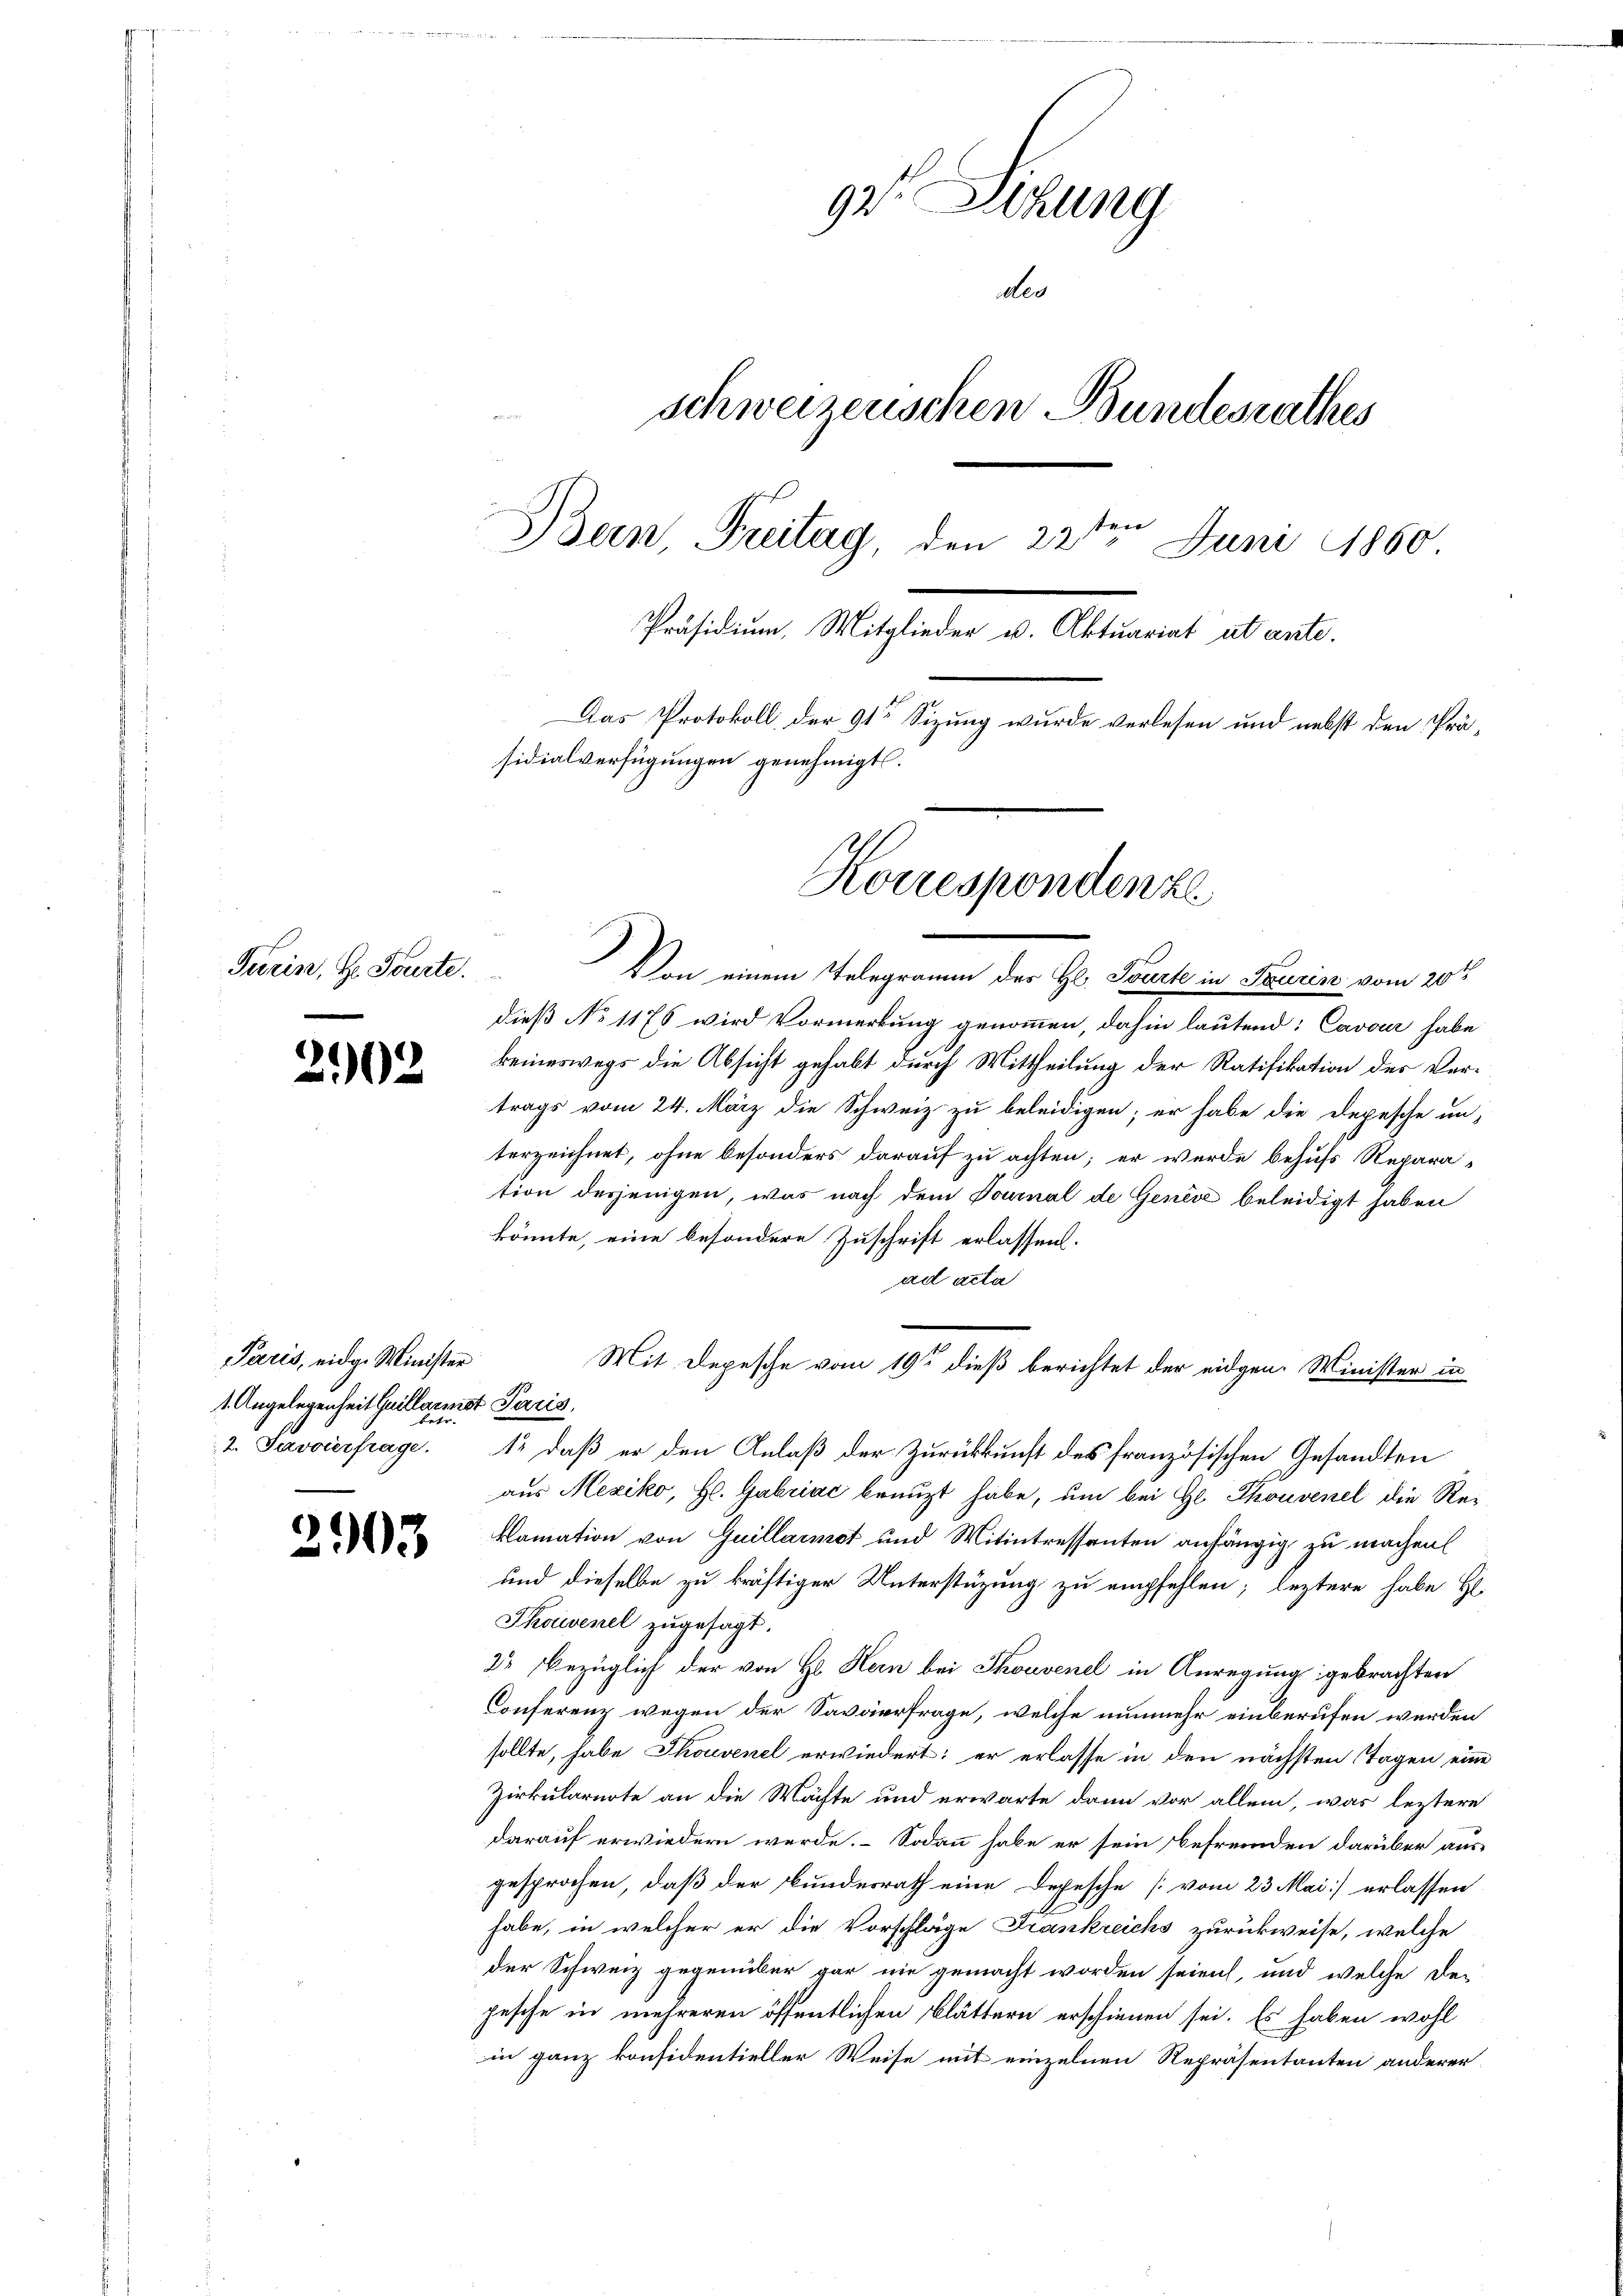
Turin, Hr. Tourte.

2902

Paris, eidg. Minister
1. Angelegenheit Guillarmit Paris,
2. Savoierfrage.

2903

92. Denung
des
schweizerischen Bundesrathes
Bein Freitag den 22te͇n Juni 1860
Präsidium, Mitglieder u. Aktuariat ut ante.
Das Protokoll der 91te Sizung wurde verlesen und nebst den Präsidialverfügungen genehmigt.

dieß No 1178 wird Vormerkung genommen, dahin lautend: Cavour habe
keineswegs die Absicht gehabt durch Mittheilung der Ratifikation des Vertrags vom 24. März die Schweiz zu beleidigen; er habe die Depesche un-
terzeichnet, ohne besonders darauf zu achten; er wurde behufs Repara-
tion desjenigen, was nach dem Tournal de Genève beleidigt haben
könnte, eine besondere Zuschrift erlassen.
ad acta
1. daß er den Anlaß der Zurückkunft des französischen Gesandten
aus Meziko, H. Gabriac benuzt habe, um bei Gl. Thouvenel die Reklamation von Guillarmet und Mitintressanten anfängig zu machen
und dieselbe zu kräftiger Unterstützung zu empfehlen; leztere habe Hl.
Thoivenel zugesagt.
22 bezüglich der von Hr. Kein bei Souvenel in Anregung gebrachten
Conferenz wegen der Saväerfrage, welche nunmehr einberufen werden
sollte, habe Thouvenel erwiedert; er erlasse in den nächsten Tagen eine
Zirkularnote an die Mächte und erwarte dann vor allein, was leztere
darauf erwiedern werde. – Sodann habe er sein Befremden darüber aus
gesprochen, daß der Bundesrath eine Depesche [vom 23 Mai] erlassen
habe, in welcher er die Vorschläge Frankreichs zurückweise, welche
der Schweiz gegenüber gar nie gemacht worden seien, und welche der
pesche in mehreren öffentlichen Blättern erschienen sei. Es haben wohl
in ganz konsidentieller Weise mit einzelnen Repräsentanten anderer

Korrespondenze
Von einem Telegramm des Hl. Tourte in Taurin vom 20t

Mit Depesche vom 19ten dieß berichtet der eidgen. Minister in